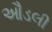
ઔડલી